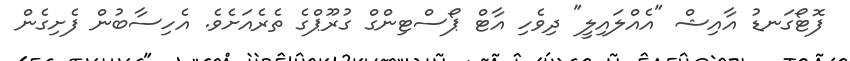
ފޮޓޯގަނޑު އާއިޝް "އެއްލައިލީ" ދިވެހި އާޓް ޕޯސްޓިންގް ގުރޫޕްގެ ތެރެއަށެވެ. އެހިސާބުން ފެށިގެން